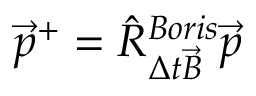
\vec { p } ^ { + } = \hat { R } _ { \Delta t \vec { B } } ^ { B o r i s } \vec { p }